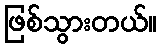
ဖြစ်သွားတယ်။